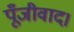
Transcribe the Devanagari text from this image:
पूँजीवाद।